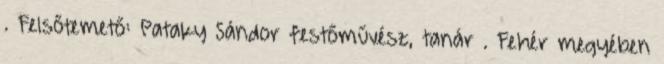
. Felsőtemető: Pataky Sándor festőművész, tanár . Fehér megyében